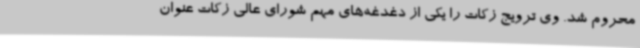
محروم شد. وی ترویج زکات را یکی از دغدغه‌های مهم شورای عالی زکات عنوان